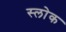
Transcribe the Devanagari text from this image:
स्लोक